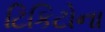
ટિકિટોના